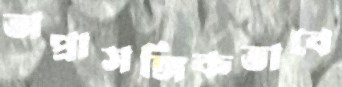
অপ্রাসঙ্গিকভাবে